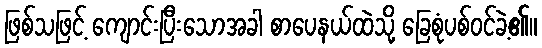
ဖြစ်သဖြင့် ကျောင်းပြီးသောအခါ စာပေနယ်ထဲသို့ ခြေစုံပစ်ဝင်ခဲ့၏။